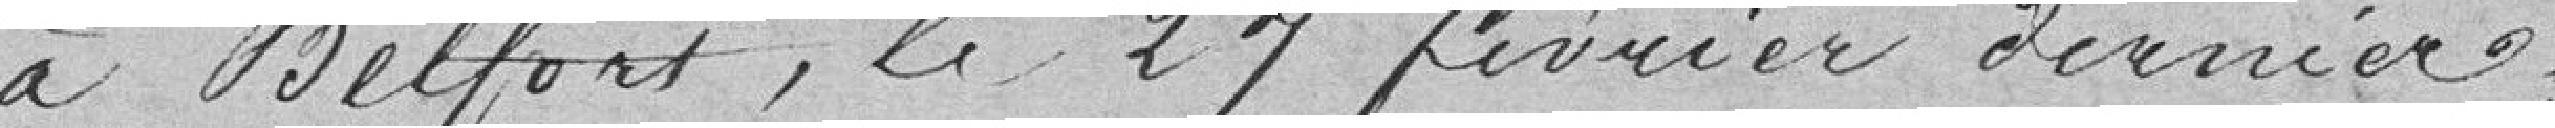
à Belfort, le 27 février dernier.